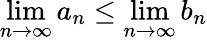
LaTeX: \operatorname*{lim}_{n\to\infty}a_{n}\leq\operatorname*{lim}_{n\to\infty}b_{n}